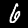
Label: 6